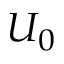
U _ { 0 }